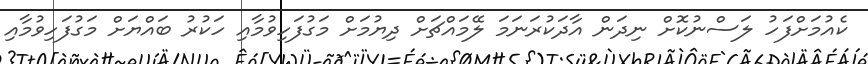
ކެއުމަށްފަހު ލަސްނުކޮށް ނިދަން އާދަކުރަނަމަ ލޭމައްޗަށް ދިޔުމަށް މަގުފަހިވުމާއި ހަކުރު ބައްޔަށް މަގުފަހިވުމާއި